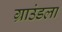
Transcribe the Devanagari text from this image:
ग्राउंडला